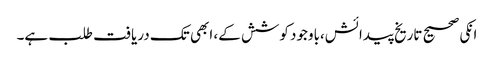
انکی صحیح تاریخ پیدائش،باوجود کوشش کے، ابھی تک دریافت طلب ہے۔